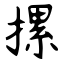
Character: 摞